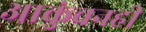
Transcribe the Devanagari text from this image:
आकुंचनही